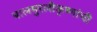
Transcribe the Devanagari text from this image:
बालमुरलीकृष्णांची